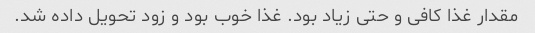
مقدار غذا کافی و حتی زیاد بود. غذا خوب بود و زود تحویل داده شد.